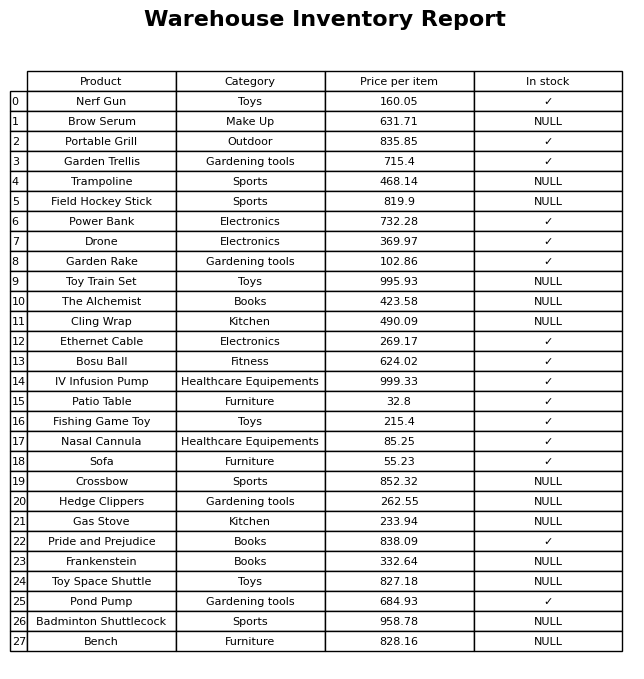
question: What is the price for Power Bank?
answer: The price of Power Bank is 732.28.